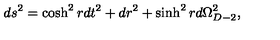
d s ^ { 2 } = \cosh ^ { 2 } r d t ^ { 2 } + d r ^ { 2 } + \sinh ^ { 2 } r d \Omega _ { D - 2 } ^ { 2 } ,